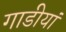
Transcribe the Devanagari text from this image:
गाडीयां